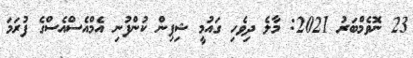
23 ނޮވެމްބަރު 2021: މާލެ ދިވެހި ގައުމީ ޝިޕިން ކުންފުނި އެމްއެސްއެސްގެ ފުރަމަ